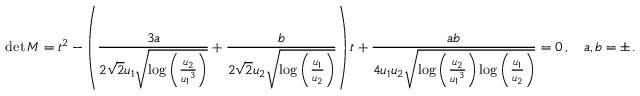
\operatorname* { d e t } M = t ^ { 2 } - \left( \frac { 3 a } { 2 \sqrt { 2 } { u _ { 1 } } \sqrt { \log \left( \frac { { u _ { 2 } } } { { u _ { 1 } } ^ { 3 } } \right) } } + \frac { b } { 2 \sqrt { 2 } { u _ { 2 } } \sqrt { \log \left( \frac { { u _ { 1 } } } { { u _ { 2 } } } \right) } } \right) t + \frac { a b } { 4 { u _ { 1 } u _ { 2 } } \sqrt { \log \left( \frac { { u _ { 2 } } } { { u _ { 1 } } ^ { 3 } } \right) \log \left( \frac { { u _ { 1 } } } { { u _ { 2 } } } \right) } } = 0 \, , \quad a , b = \pm \, .